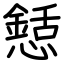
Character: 懖